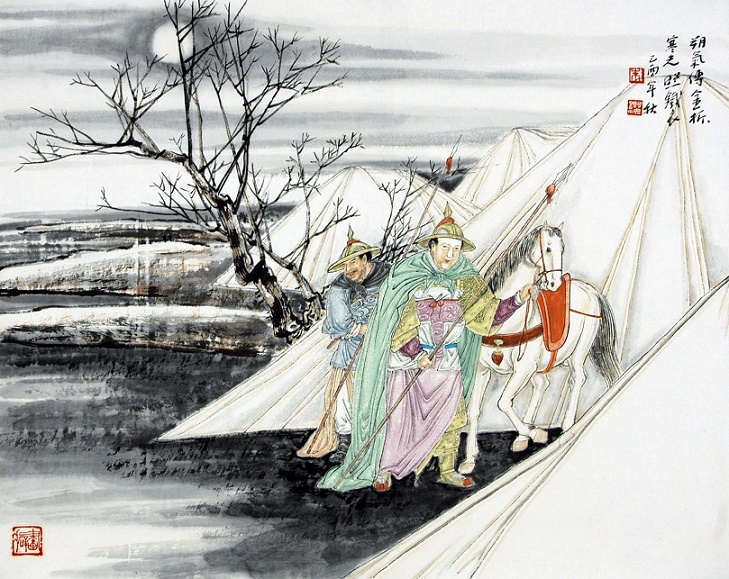
虚牖传寒柝，孤灯照绝编。